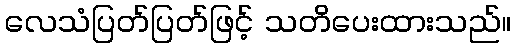
လေသံပြတ်ပြတ်ဖြင့် သတိပေးထားသည်။